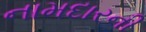
નામદારની